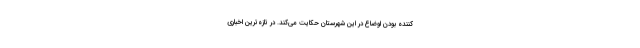
کننده بودن اوضاع در این شهرستان حکایت می‌کند. در تازه‌ترین اخباری